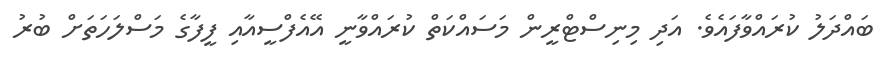
ބައްދަލު ކުރައްވާފައެވެ. އަދި މިނިސްޓްރީން މަސައްކަތް ކުރައްވާނީ އޭއެފްސީއާއި ފީފާގެ މަސްލަހަތަށް ބުރު